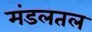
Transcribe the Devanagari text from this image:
मंडलतल